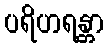
ပရိဟရန္တာ